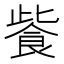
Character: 飺